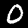
Label: 0